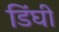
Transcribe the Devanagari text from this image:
डिंघी